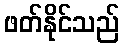
ဖတ်နိုင်သည်